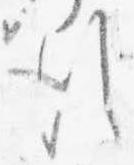
行